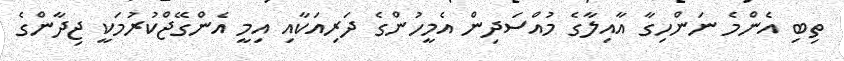
ތިބި އެންމެ ނަންހިގާ އާއިލާގެ މުއްސަދިން އެމީހުންގެ ދަރިއަކާއި އިމީ އެންގޭޖްކުރުމަކީ ޖިދާންގެ